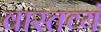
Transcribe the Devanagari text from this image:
वास्तव्यं